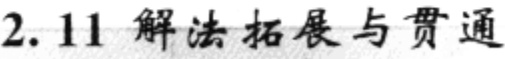
2.11 解法拓展与贯通